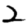
Digit: 2